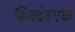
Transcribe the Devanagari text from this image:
द्विजदेवएक